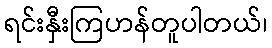
ရင်းနှီးကြဟန်တူပါတယ်၊